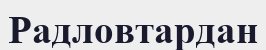
Радловтардан